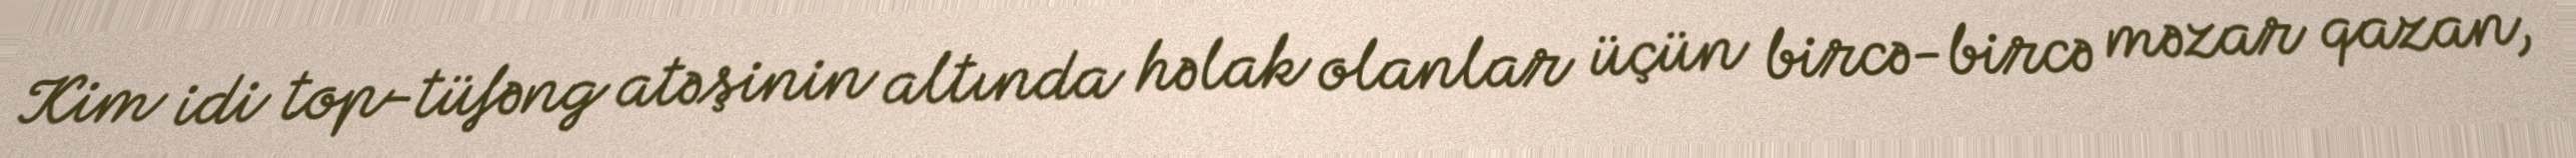
Kim idi top-tüfəng atəşinin altında həlak olanlar üçün bircə-bircə məzar qazan,